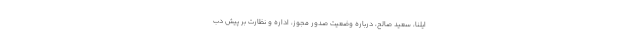
ایلنا، سعید صالح، درباره وضعیت صدور مجوز، اداره و نظارت بر پیش دب